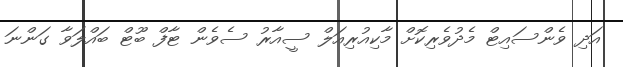
އަދި ވެންސައިޓް މެދުވެރިކޮށް މާކިއުރިއަލް ސީއާރު ސެވެން ޓާފް ބޫޓް ބައްލަވާ ގަންނަ